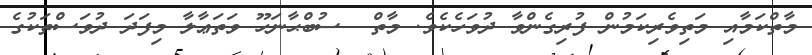
މާތްކަމާއި މަތިވެރިކަމުން ފުރިގެންވާ ދުވަހެކެވެ. މާތް  ސުބްޙާނަހޫ ވަތަޢާލާ މިފަދަ ދުވަސްތަކުގެ